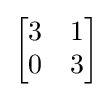
{\begin{bmatrix}3&1\\0&3\end{bmatrix}}